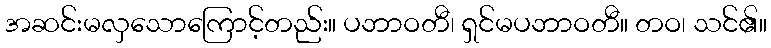
အဆင်းမလှသောကြောင့်တည်း။ ပဘာဝတီ၊ ရှင်မပဘာဝတီ။ တဝ၊ သင်၏။